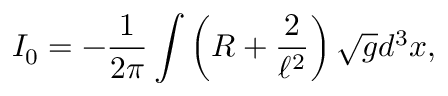
I _ { 0 } = - \frac { 1 } { 2 \pi } \int \left( R + \frac { 2 } { \ell ^ { 2 } } \right) \sqrt { g } d ^ { 3 } x ,